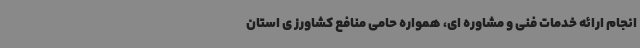
انجام ارائه خدمات فنی و مشاوره ای، همواره حامی منافع کشاورز ی استان